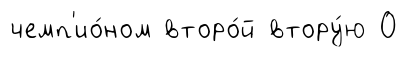
чемп'ио́ном второ́й втору́ю 0